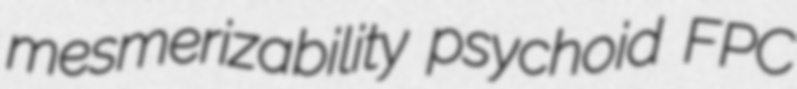
mesmerizability psychoid FPC